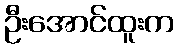
ဦးအောင်ထူးက